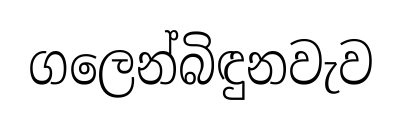
ගලෙන්බිඳුනවැව